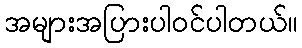
အများအပြားပါဝင်ပါတယ်။